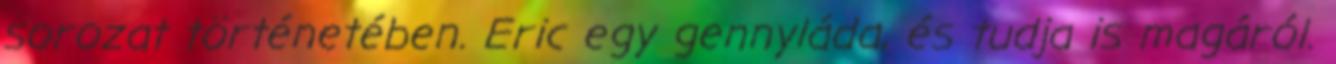
sorozat történetében. Eric egy gennyláda, és tudja is magáról.